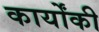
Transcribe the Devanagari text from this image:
कार्योंकी